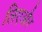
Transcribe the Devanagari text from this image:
लिएऔर